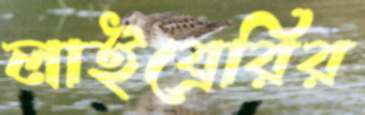
লাইব্রেরির